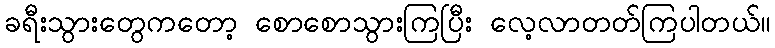
ခရီးသွားတွေကတော့ စောစောသွားကြပြီး လေ့လာတတ်ကြပါတယ်။